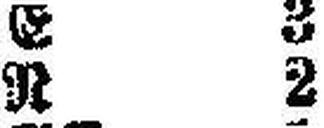
R 2